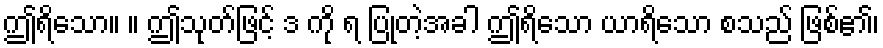
ဤရိသော။ ။ ဤသုတ်ဖြင့် ဒ ကို ရ ပြုတဲ့အခါ ဤရိသော ယာရိသော စသည် ဖြစ်၏၊